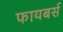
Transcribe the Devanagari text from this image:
फायबर्स